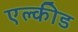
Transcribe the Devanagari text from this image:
एल्कीड